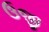
ઉજી